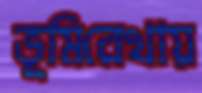
ভূমিরেখায়